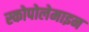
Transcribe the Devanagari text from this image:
स्कोपोलेमाइन